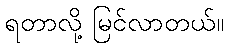
ရတာလို့ မြင်လာတယ်။